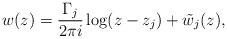
LaTeX: \begin{align*}w(z)=\frac{\Gamma_j}{2\pi i}\log (z-z_j)+\tilde{w}_j(z),\end{align*}